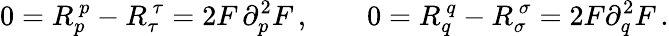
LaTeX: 0=R_{p}^{\ p}-R_{\tau}^{\ \tau}=2F\, \partial_{p}^{2}F\, ,\qquad 0=R_{q}^{\ q}-R_{\sigma}^{\ \sigma}=2F\partial_{q}^{2}F\, .